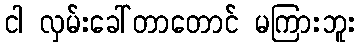
ငါ လှမ်းခေါ်တာတောင် မကြားဘူး